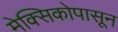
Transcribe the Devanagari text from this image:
मेक्सिकोपासून